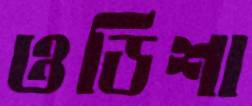
ওডিশা